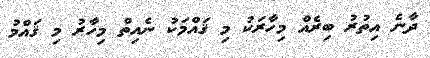
ދާނެ އިތުރު ބިރެއް މިހާރަކު މި ޤައްމަކު ނެއިތް މިހާރު މި ޤައްމު